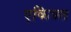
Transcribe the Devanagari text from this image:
एकित्रत